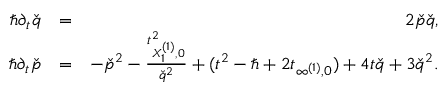
\begin{array} { r l r } { \hbar \partial _ { t } \check { q } } & { = } & { 2 \check { p } \check { q } , } \\ { \hbar \partial _ { t } \check { p } } & { = } & { - \check { p } ^ { 2 } - \frac { t _ { X _ { 1 } ^ { ( 1 ) } , 0 } ^ { 2 } } { \check { q } ^ { 2 } } + ( t ^ { 2 } - \hbar + 2 t _ { \infty ^ { ( 1 ) } , 0 } ) + 4 t \check { q } + 3 \check { q } ^ { 2 } . } \end{array}